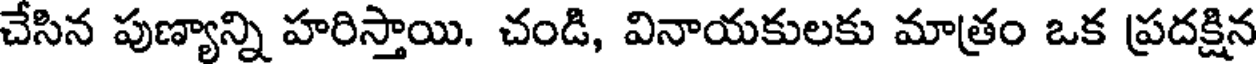
చేసిన పుణ్యాన్ని హరిస్తాయి. చండి, వినాయకులకు మాత్రం ఒక ప్రదక్షిన